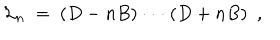
LaTeX: { \cal L } _ { n } \ = \ ( D - n B ) \cdot \cdot \cdot ( D + n B ) \ \ ,